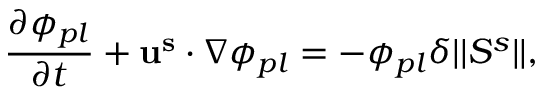
\frac { \partial \phi _ { p l } } { \partial t } + \mathbf { u ^ { s } } \cdot \nabla \phi _ { p l } = - \phi _ { p l } \delta \vert \vert \boldsymbol { S ^ { s } } \vert \vert ,